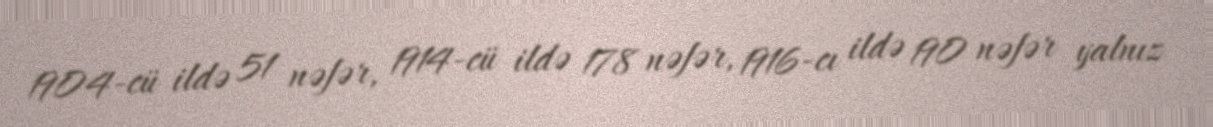
1904-cü ildə 51 nəfər, 1914-cü ildə 178 nəfər, 1916-cı ildə 190 nəfər yalnız